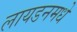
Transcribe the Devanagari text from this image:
लायडनमधे